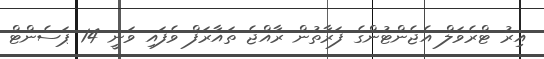
އިރު ޓްރެވަލް އެޖެންޓުންގެ ފަރާތުން ރާއްޖެ ތައާރަފް ވެފައި ވަނީ 14 ޕަސެންޓް